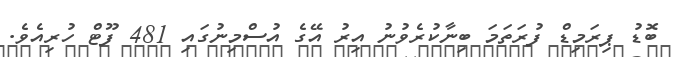
ބޮޑު ޕިރަމިޑް ފުރަތަމަ ބިނާކުރެވުނު އިރު އޭގެ އުސްމިނުގައި 481 ފޫޓް ހުރިއެވެ.